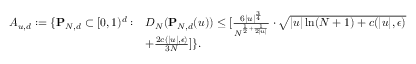
\begin{array} { r l } { A _ { u , d } : = \{ \mathbf { P } _ { N , d } \subset [ 0 , 1 ) ^ { d } : } & { D _ { N } ( \mathbf { P } _ { N , d } ( u ) ) \leq [ \frac { 6 | u | ^ { \frac { 3 } { 4 } } } { N ^ { \frac { 1 } { 2 } + \frac { 1 } { 2 | u | } } } \cdot \sqrt { | u | \ln ( N + 1 ) + c ( | u | , \epsilon ) } } \\ & { + \frac { 2 c ( | u | , \epsilon ) } { 3 N } ] \} . } \end{array}